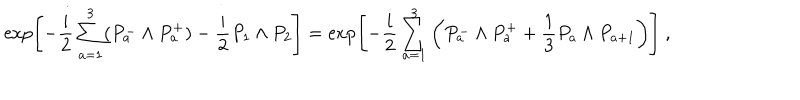
\exp \left[ - \frac { i } { 2 } \sum _ { a = 1 } ^ { 3 } ( P _ { a } ^ { - } \wedge P _ { a } ^ { + } ) - \frac { i } { 2 } P _ { 1 } \wedge P _ { 2 } \right] = \exp \left[ - \frac { i } { 2 } \sum _ { a = 1 } ^ { 3 } \left( P _ { a } ^ { - } \wedge P _ { a } ^ { + } + \frac { 1 } { 3 } P _ { a } \wedge P _ { a + 1 } \right) \right] ~ ,